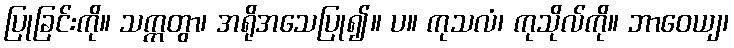
ပြုခြင်းကို။ သက္ကတွာ၊ အရိုအသေပြု၍။ ပ။ ကုသလံ၊ ကုသိုလ်ကို။ ဘာဝေယျ၊